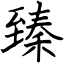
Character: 臻